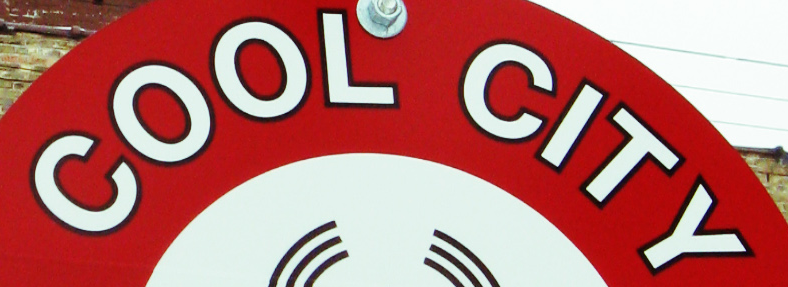
COOL CITY